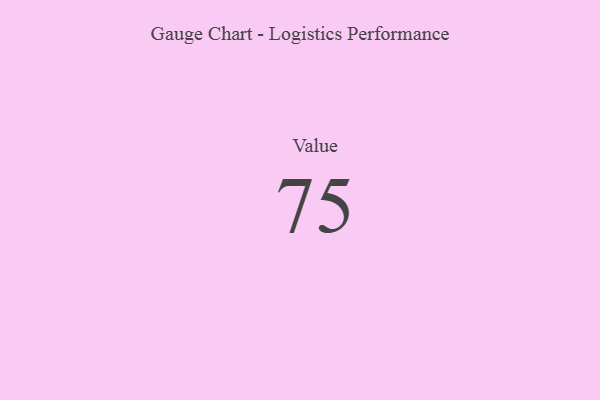
{"axis": {"x": "Metric", "y": "Value"}, "legend": [""], "data": [{"x": "Value", "y": 75, "type": ""}]}